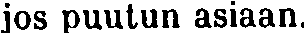
jos puutun asiaan.